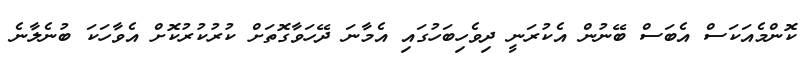
ކޮންމެއަކަސް އެބަސް ބޭނުން އެކުރަނީ ދިވެހިބަހުގައި އެމާނަ ދޭހަވާގޮތަށް ކުރުކުރުކޮށް އެވާހަކަ ބުނެލާނެ